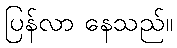
ပြန်လာ နေသည်။